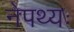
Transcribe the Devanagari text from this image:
नेपथ्यः